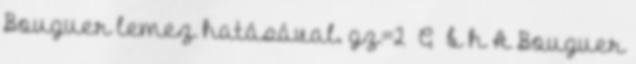
Bouguer lemez hatásával. gz=2π G ρb h A Bouguer